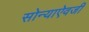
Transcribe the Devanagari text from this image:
सोन्याऐवजी